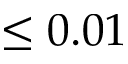
\leq 0 . 0 1